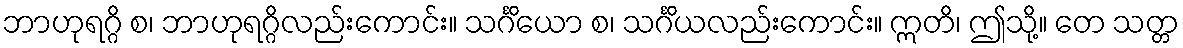
ဘာဟုရဂ္ဂိ စ၊ ဘာဟုရဂ္ဂိလည်းကောင်း။ သင်္ဂိယော စ၊ သင်္ဂိယလည်းကောင်း။ ဣတိ၊ ဤသို့။ တေ သတ္တ